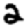
Digit: 2